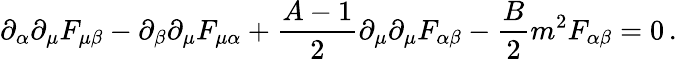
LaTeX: \partial_{\alpha}\partial_{\mu}F_{\mu\beta}-\partial_{\beta}\partial_{\mu}F_{\mu\alpha}+{\frac{A-1}{2}}\partial_{\mu}\partial_{\mu}F_{\alpha\beta}-{\frac{B}{2}}m^{2}F_{\alpha\beta}=0\, .